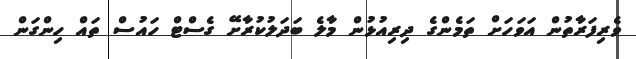
ވެރިފަރާތުން އަވަހަށް ތަމެންގެ ދިރިއުޅުން މާލެ ބަދަލުކުރާށޭ ގެސްޓް ހައުސް ތައް ހިންގަން